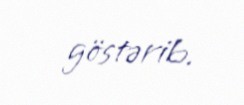
göstərib.